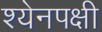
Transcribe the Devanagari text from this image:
श्येनपक्षी